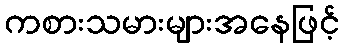
ကစားသမားများအနေဖြင့်